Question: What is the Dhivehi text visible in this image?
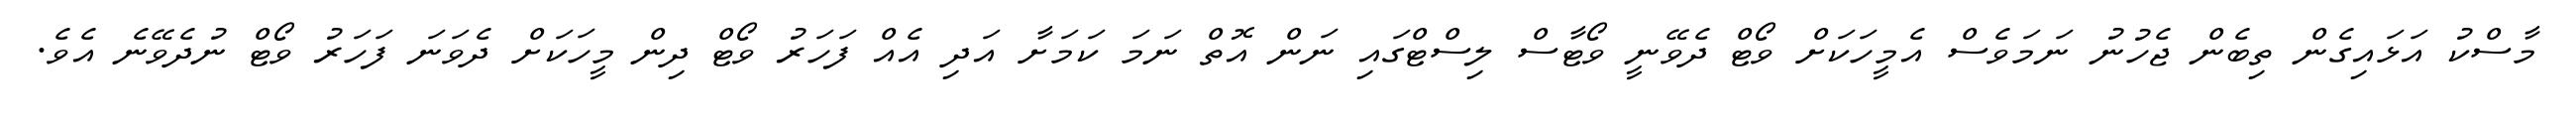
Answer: މާސްކު އަޅައިގެން ތިބެން ޖެހުނު ނަމަވެސް އެމީހަކަށް ވޯޓް ދެވޭނީ ވޯޓާސް ލިސްޓްގައި ނަން އޮތް ނަމަ ކަމަށާ އަދި އެއް ފަހަރު ވޯޓް ދިން މީހަކަށް ދެވަނަ ފަހަރު ވޯޓް ނުދެވޭނެ އެވެ.